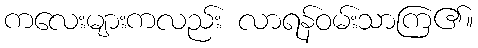
ကလေးများကလည်း လာရန်ဝမ်းသာကြ၏။